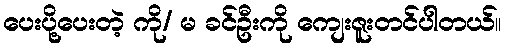
ပေးပို့ပေးတဲ့ ကို/ မ ခင်ဦးကို ကျေးဇူးတင်ပါတယ်။